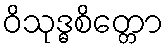
ဝိသုဒ္ဓစိတ္တော